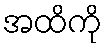
အထိကို